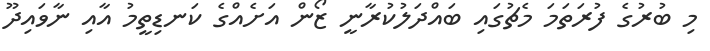
މި ބުރުގެ ފުރަތަމަ މެޗުގައި ބައްދަލުކުރާނީ ޒޯން އަށެއްގެ ކަނޑިތީމު އާއި ނާވައިދޫ